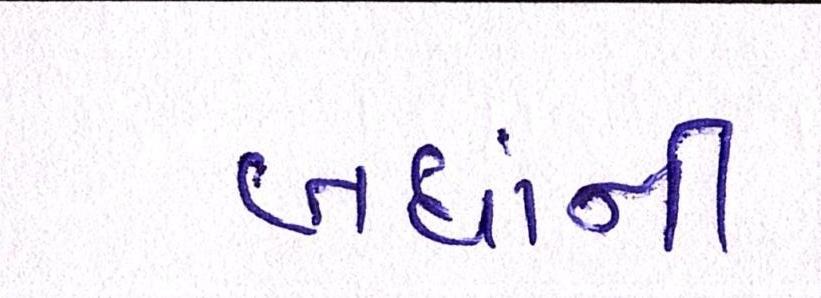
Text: બધાંની